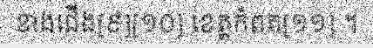
ខាងជើង[៩][១០] ខេត្តកំពត[១១] ។